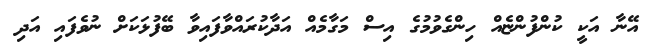
އޭނާ އަކީ ކުންފުންޏެއް ހިންގެވުމުގެ އިސް މަގާމެއް އަދާކުރައްވާފައިވާ ބޭފުޅަކަށް ނުވެފައި އަދި